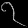
Digit: ၇